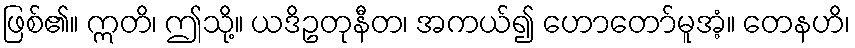
ဖြစ်၏။ ဣတိ၊ ဤသို့။ ယဒိဥတုနီတ၊ အကယ်၍ ဟောတော်မူအံ့။ တေနဟိ၊